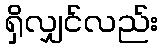
ရှိလျှင်လည်း